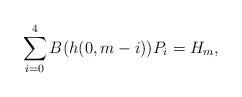
LaTeX: \begin{align*} \sum\limits_{i=0}^4 B(h(0, m-i)) P_i = H_m,\end{align*}